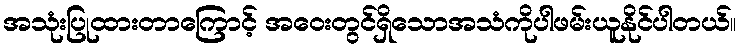
အသုံးပြုထားတာကြောင့် အဝေးတွင်ရှိသောအသံကိုပါဖမ်းယူနိုင်ပါတယ်။